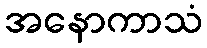
အနောကာသံ